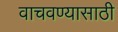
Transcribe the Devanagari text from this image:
वाचवण्‍यासाठी